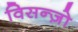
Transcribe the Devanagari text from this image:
विसन्ज़ो